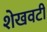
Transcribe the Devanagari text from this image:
शेखवटी